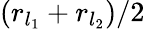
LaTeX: (r_{l_{1}}+r_{l_{2}})/2